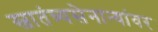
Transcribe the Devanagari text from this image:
स्वातंत्र्यसेनान्यांवर